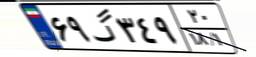
۶۹گ۳۴۹۲۰